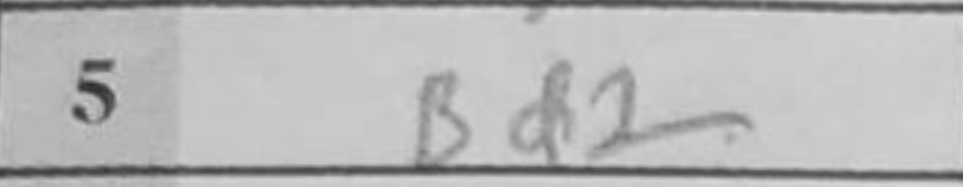
Transcription: Bd2